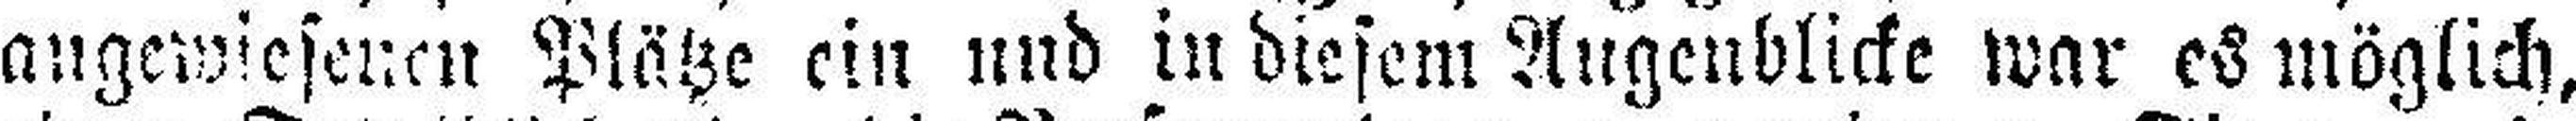
angewiesenen Plätze ein und in diesem Augenblicke war es möglich,